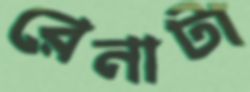
রেনাটা